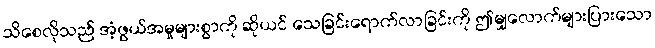
သိစေလိုသည် အံ့ဖွယ်အမှုများစွာကို ဆိုယင် သေခြင်းရောက်လာခြင်းကို ဤမျှလောက်များပြားသော